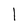
Character: l